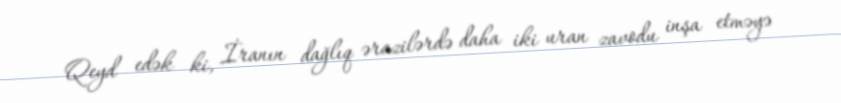
Qeyd edək ki, İranın dağlıq ərazilərdə daha iki uran zavodu inşa etməyə